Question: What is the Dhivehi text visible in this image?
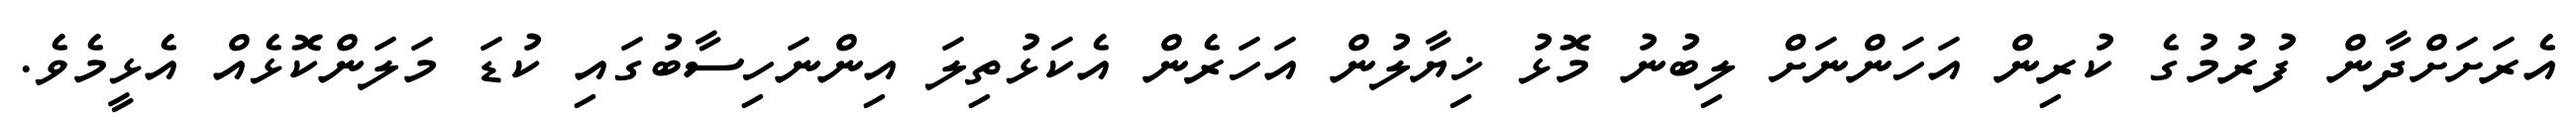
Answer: އެރަށަށްދާން ފުރުމުގެ ކުރިން އަހަންނަށް ލިބުނު މޮޅު ޚިޔާލުން އަހަރެން އެކަޅުތިލަ އިންނަހިސާބުގައި ކުޑަ މަލަންކޮޅެއް އެޅީމެވެ.